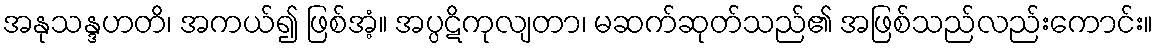
အနုသန္ဒဟတိ၊ အကယ်၍ ဖြစ်အံ့။ အပ္ပဋိကုလျတာ၊ မဆက်ဆုတ်သည်၏ အဖြစ်သည်လည်းကောင်း။